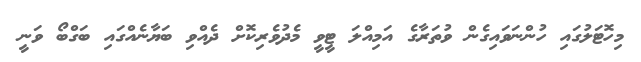
މިހޮޓަލުގައި ހުންނަވައިގެން ވުތަރާގެ އަމިއްލަ ޓީވީ މެދުވެރިކޮށް ދެއްވި ބަޔާނެއްގައި ބަގްބޯ ވަނީ